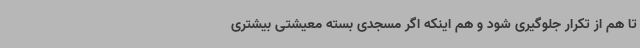
تا هم از تکرار جلوگیری شود و هم اینکه اگر مسجدی بسته معیشتی بیشتری